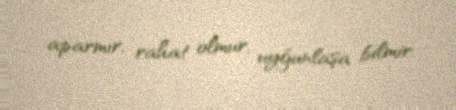
aparmır, rahat olmur, uyğunlaşa bilmir.